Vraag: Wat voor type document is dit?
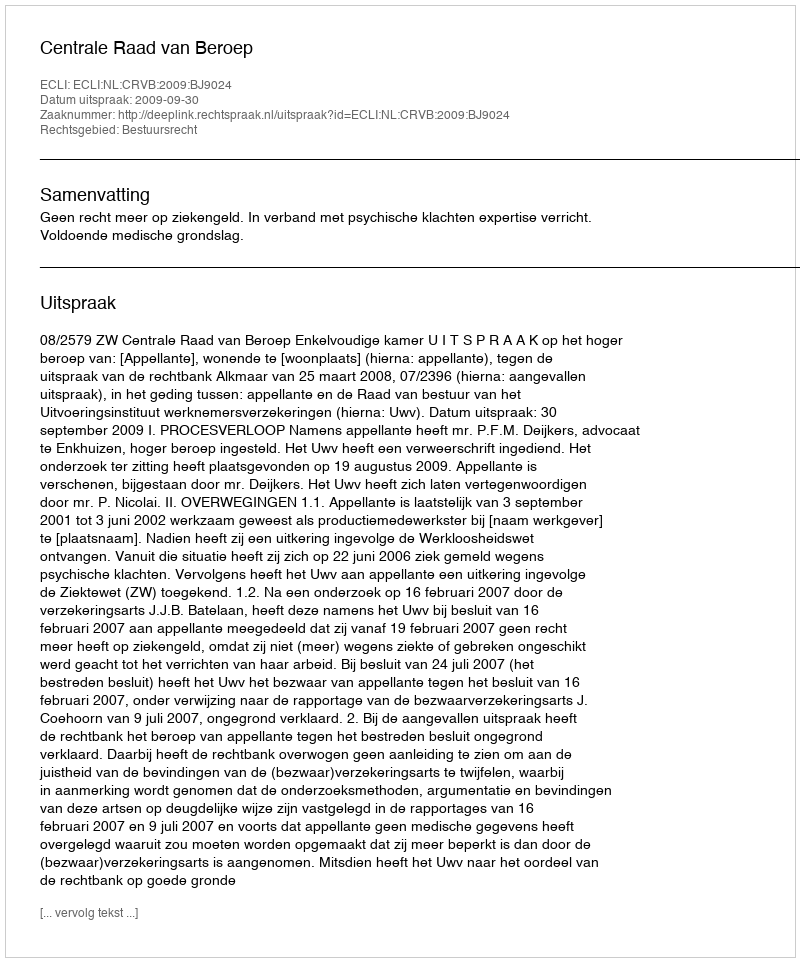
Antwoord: Uitspraak